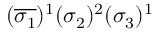
( \overline { { \sigma _ { 1 } } } ) ^ { 1 } ( \sigma _ { 2 } ) ^ { 2 } ( \sigma _ { 3 } ) ^ { 1 }